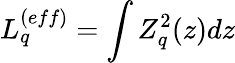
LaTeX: L_{q}^{(eff)}=\int Z_{q}^{2}(z)dz